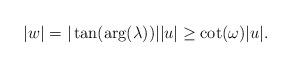
LaTeX: \begin{align*} |w| = |\tan(\arg(\lambda))| |u| \geq \cot(\omega) |u|. \end{align*}